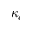
\kappa _ { c }